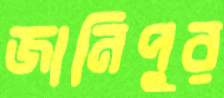
জানিপুর